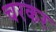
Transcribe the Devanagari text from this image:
चरकर